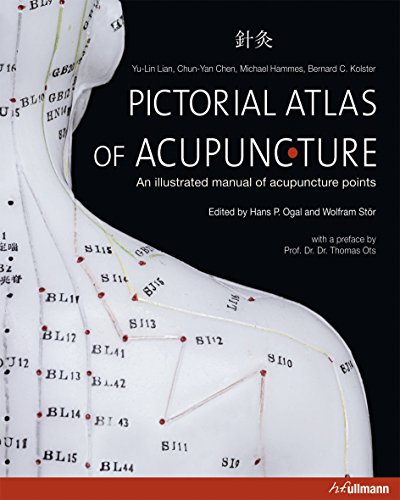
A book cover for Pictorial Atlas of Acupuncture: An Illustrated Manual of Acupuncture Points; Yu-Lin Lian; Health, Fitness & Dieting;